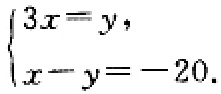
$\begin{cases}3x = y,\\x - y = - 20.\end{cases}$